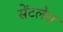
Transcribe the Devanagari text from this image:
सेंटलेस